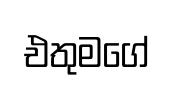
එතුමගේ